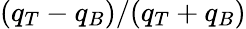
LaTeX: (q_{T}-q_{B})/(q_{T}+q_{B})